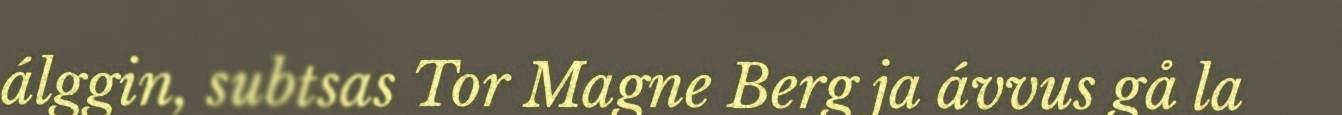
álggin, subtsas Tor Magne Berg ja ávvus gå la